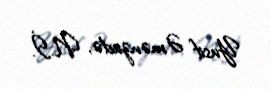
Yusif Əmənzadə, N.İ.